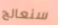
سنعالج